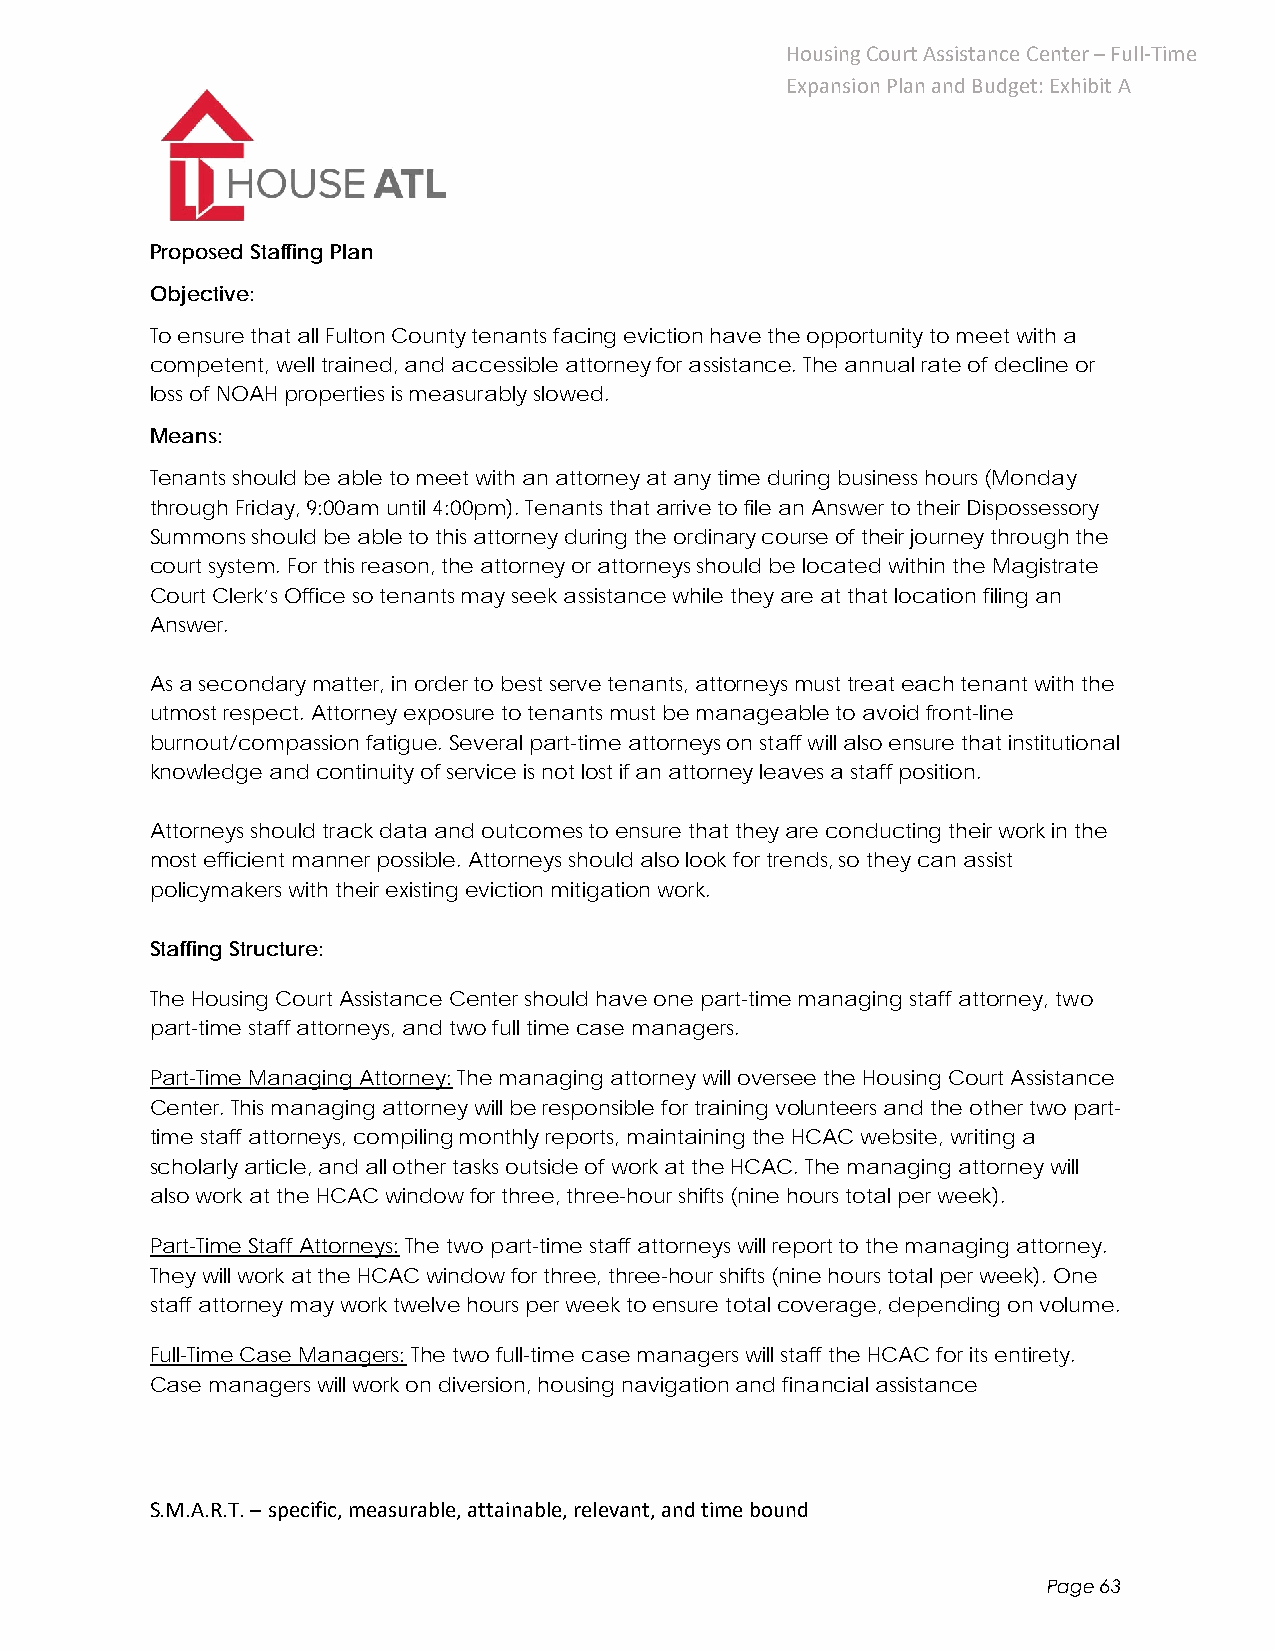
Housing Court Assistance Center – Full‐Time
 Expansion Plan and Budget: Exhibit A
 Proposed Staffing Plan
 Objective:
 To ensure that all Fulton County tenants facing eviction have the opportunity to meet with a
 competent, well trained, and accessible attorney for assistance. The annual rate of decline or
 loss of NOAH properties is measurably slowed.
 Means:
 Tenants should be able to meet with an attorney at any time during business hours (Monday
 through Friday, 9:00am until 4:00pm). Tenants that arrive to file an Answer to their Dispossessory
 Summons should be able to this attorney during the ordinary course of their journey through the
 court system. For this reason, the attorney or attorneys should be located within the Magistrate
 Court Clerk’s Office so tenants may seek assistance while they are at that location filing an
 Answer.
 As a secondary matter, in order to best serve tenants, attorneys must treat each tenant with the
 utmost respect. Attorney exposure to tenants must be manageable to avoid front-line
 burnout/compassion fatigue. Several part-time attorneys on staff will also ensure that institutional
 knowledge and continuity of service is not lost if an attorney leaves a staff position.
 Attorneys should track data and outcomes to ensure that they are conducting their work in the
 most efficient manner possible. Attorneys should also look for trends, so they can assist
 policymakers with their existing eviction mitigation work.
 Staffing Structure:
 The Housing Court Assistance Center should have one part-time managing staff attorney, two
 part-time staff attorneys, and two full time case managers.
 Part-Time Managing Attorney: The managing attorney will oversee the Housing Court Assistance
 Center. This managing attorney will be responsible for training volunteers and the other two part-
 time staff attorneys, compiling monthly reports, maintaining the HCAC website, writing a
 scholarly article, and all other tasks outside of work at the HCAC. The managing attorney will
 also work at the HCAC window for three, three-hour shifts (nine hours total per week).
 Part-Time Staff Attorneys: The two part-time staff attorneys will report to the managing attorney.
 They will work at the HCAC window for three, three-hour shifts (nine hours total per week). One
 staff attorney may work twelve hours per week to ensure total coverage, depending on volume.
 Full-Time Case Managers: The two full-time case managers will staff the HCAC for its entirety.
 Case managers will work on diversion, housing navigation and financial assistance
 S.M.A.R.T. – specific, measurable, attainable, relevant, and time bound
 Page 63